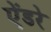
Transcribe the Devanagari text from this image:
ऐंडरे